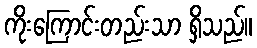
ကိုးကြောင်းတည်းသာ ရှိသည်။